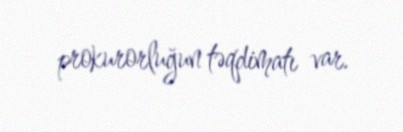
prokurorluğun təqdimatı var.